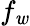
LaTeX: f_{\mathit{w}}